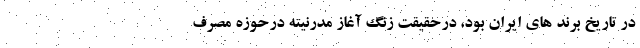
در تاریخ برند های ایران بود، درحقیقت زنگ آغاز مدرنیته درحوزه مصرف